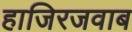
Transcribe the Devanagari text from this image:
हाजिरजवाब